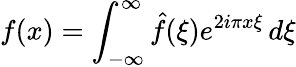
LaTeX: f(x)=\int_{-\infty}^{\infty}{\hat{f}}(\xi)e^{2i\pi x\xi}\, d\xi